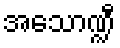
အသောဏ္ဍီ